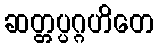
ဆတ္တပ္ပဂ္ဂဟိတေ